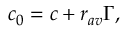
c _ { 0 } = c + r _ { a v } \Gamma ,